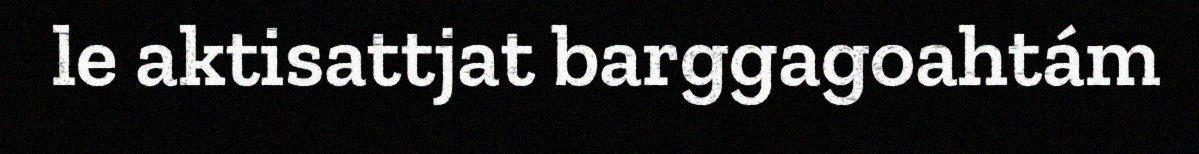
le aktisattjat barggagoahtám